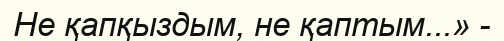
Не қапқыздым, не қаптым...» -